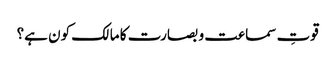
قوتِ سماعت و بصارت کا مالک کون ہے؟